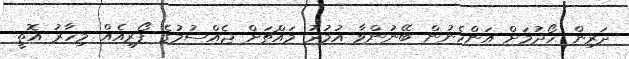
ދަރިން ހޯދުމަށް އަންހެނުން ބޭނުންވާ އުމުރު މައްޗަށް ޖެއްސުމުގެ ފޯރިއެއް މިހާރު އޮތީ